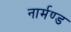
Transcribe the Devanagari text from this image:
नार्मण्ड